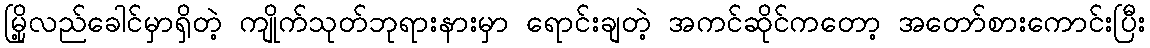
မြို့လည်ခေါင်မှာရှိတဲ့ ကျိုက်သုတ်ဘုရားနားမှာ ရောင်းချတဲ့ အကင်ဆိုင်ကတော့ အတော်စားကောင်းပြီး